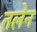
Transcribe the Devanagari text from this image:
तलेन